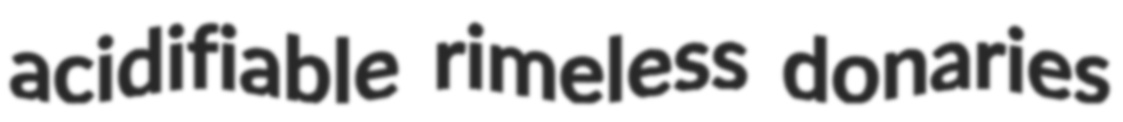
acidifiable rimeless donaries